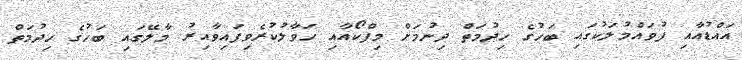
އައްޑުއާއި ފުވައްމުލަކުގައި ބަހުގެ ހިދުމަތް ދިނުމަށް މިފްކޯއާއި ހަވާލުކުރެވިފައިވާއިރު މާލޭގައި ބަހުގެ ހިދުމަތް